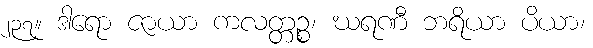
၂၃၇။ ဒါရော ဇာယာ ကလတ္တဉ္စ၊ ဃရဏီ ဘရိယာ ပိယာ၊